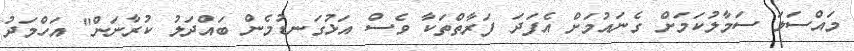
މައްސަލަ ސަމާލުކަމަށް ގެނައުމަށް އެފަދަ ފަރާތްތަކާ ވެސް އަޅުގަނޑުމެން ބައްދަލު ކުރާނަން" އަހްމަދު